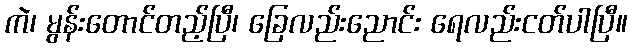
ကဲ၊ မွန်းတောင်တည့်ပြီ၊ ခြေလည်းညောင်း ရေလည်းငတ်ပါပြီ။